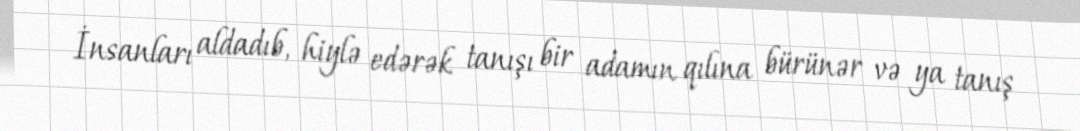
İnsanları aldadıb, hiylə edərək tanışı bir adamın qılına bürünər və ya tanış